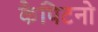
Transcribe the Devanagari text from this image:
कैपिटनो